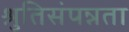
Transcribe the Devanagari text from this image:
श्रुतिसंपन्नता